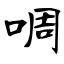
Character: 啁